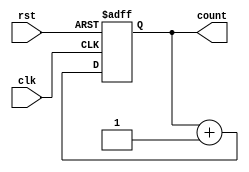
module binary_counter (
    input wire clk,      // Clock input
    input wire rst,      // Asynchronous reset
    output reg [3:0] count // 4-bit output representing the current count value
);

// State transition logic
always @(posedge clk or posedge rst) begin
    if (rst) begin
        count <= 4'b0000; // Reset the counter to 0
    end else begin
        count <= count + 1; // Increment the counter
    end
end

endmodule